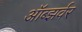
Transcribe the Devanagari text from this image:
ऑब्झर्वर